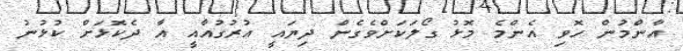
އާންމުން ހޮވި އެންމެ މޮޅު ގޯލަކަށްވެގެން ދިޔައީ އުރުގުއާއީ އާ ދެކޮޅަށް ކުޅުނު